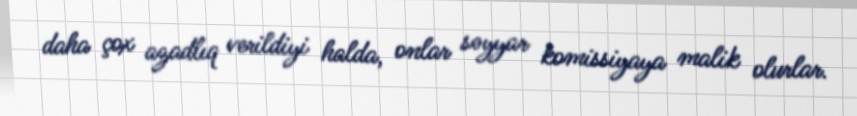
daha çox azadlıq verildiyi halda, onlar səyyar komissiyaya malik olurlar.